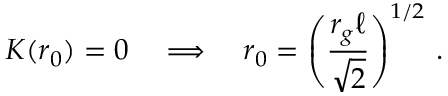
K ( r _ { 0 } ) = 0 \quad \Longrightarrow \quad r _ { 0 } = \left( { \frac { r _ { g } \ell } { \sqrt { 2 } } } \right) ^ { 1 / 2 } \, .